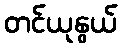
တင်ယုနွယ်